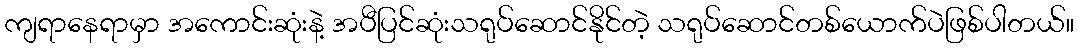
ကျရာနေရာမှာ အကောင်းဆုံးနဲ့ အပီပြင်ဆုံးသရုပ်ဆောင်နိုင်တဲ့ သရုပ်ဆောင်တစ်ယောက်ပဲဖြစ်ပါတယ်။